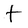
Character: t